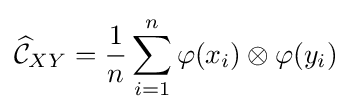
{\widehat {\mathcal {C}}}_{XY}={\frac {1}{n}}\sum _{i=1}^{n}\varphi (x_{i})\otimes \varphi (y_{i})